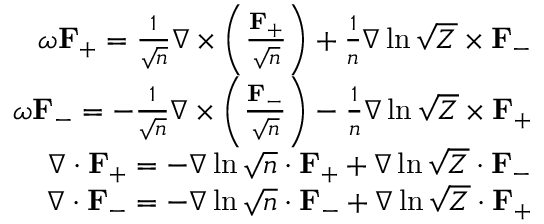
\begin{array} { r } { \omega \mathbf { F } _ { + } = \frac { 1 } { \sqrt { n } } \nabla \times \left( \frac { \mathbf { F } _ { + } } { \sqrt { n } } \right) + \frac { 1 } { n } \nabla \ln \sqrt { Z } \times \mathbf { F } _ { - } } \\ { \omega \mathbf { F } _ { - } = - \frac { 1 } { \sqrt { n } } \nabla \times \left( \frac { \mathbf { F } _ { - } } { \sqrt { n } } \right) - \frac { 1 } { n } \nabla \ln \sqrt { Z } \times \mathbf { F } _ { + } } \\ { \nabla \cdot \mathbf { F } _ { + } = - \nabla \ln \sqrt { n } \cdot \mathbf { F _ { + } } + \nabla \ln \sqrt { Z } \cdot \mathbf { F } _ { - } } \\ { \nabla \cdot \mathbf { F } _ { - } = - \nabla \ln \sqrt { n } \cdot \mathbf { F } _ { - } + \nabla \ln \sqrt { Z } \cdot \mathbf { F } _ { + } } \end{array}